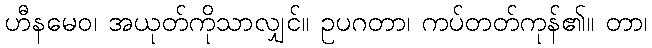
ဟီနမေဝ၊ အယုတ်ကိုသာလျှင်။ ဥပဂတာ၊ ကပ်တတ်ကုန်၏။ တာ၊